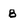
Character: B